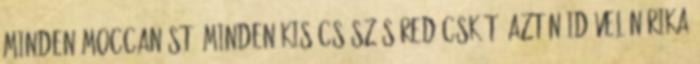
minden moccanást, minden kis csúszós redőcskét. Aztán idővel Nórika